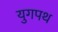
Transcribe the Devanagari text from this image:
युगपथ